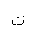
Letter: _ta